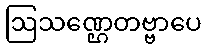
ဩသဏ္ဌေတဗ္ဗာပေ